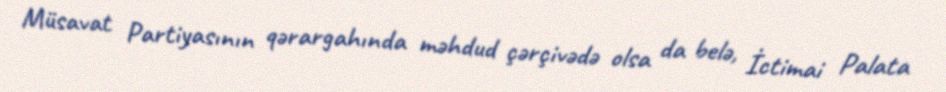
Müsavat Partiyasının qərargahında məhdud çərçivədə olsa da belə, İctimai Palata